Annual report on the working of the lock hospitals in the Central Provinces
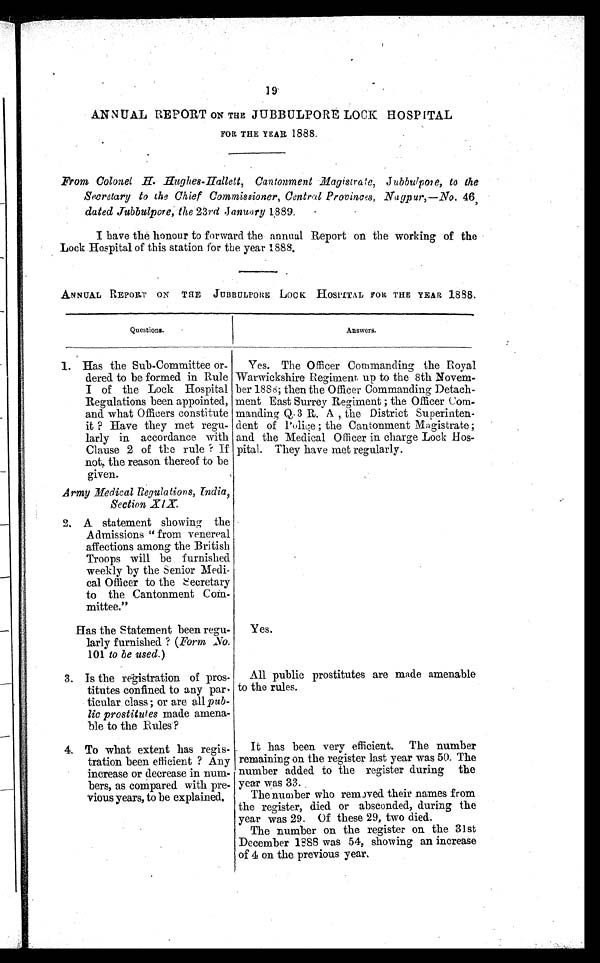
19
ANNUAL REPORT ON THE JUBBULPORE LOCK HOSPITAL
FOR THE YEAR. 1888.
From Colonel H. Hughes-Hallett, Cantonment Magistrate, Jubbulpore, to the
Secretary to the Chief Commissioner, Central Provinces, Nagpur,—No. 4 6 '
dated Jubbulpore, the 23rd January 1889.
I have the honour to forward the annual Report on the working of the
Lock Hospital of this station for the year 1888.
ANNUAL REPORT ON THE JUBBULPORE LOCK HOSPITAL FOR THE YEAR 1888.
Questions.
Answers.
1. Has the Sub-Committee or-
dered to be formed in Rule
I of the Lock Hospital
Regulations been appointed,
and what Officers constitute
it? Have they met regu-
larly in accordance with
Clause 2 of the rule ? If
not, the reason thereof to be
given.
Yes. The Officer Commanding the Royal
Warwickshire Regiment up to the 8th Novem-
ber 1888; then the Officer Commanding Detach-
ment East Surrey Regiment; the Officer Com-
minding Q.3 R. A , the District Superinten-
dent of Police; the Cantonment Magistrate;
and the Medical Officer in charge Lock Hos-
pital. They have met regularly.
Army Medical Regulations, India,
Section XIX
2, A statement showing the
Admissions " from venereal
affections among the British
Troops will be furnished
weekly by the Senior Medi-
cal Officer to the Secretary
to the Cantonment Com-
mittee."
.
Has the Statement been regu-
larly furnished ? (Form .No.
101 to be used.)
Yes.
3. Is the registration of pros-
titutes confined to any par
-ticular, class; or are all pub-
lic prostitutes made amena-
ble to the Rules ?
All public prostitutes are made amenable
to the rules.
4. To what extent has regis-
tration been efficient ? Any
increase or decrease in num.-
bens, as compared with pre-
vious years, to he explained.
It has been very efficient. The number
remaining on the register last year was 50. The
number added to the register during the
year was 33. ,
The number who removed their names from
the register, died or absconded, during the
year was 29. Of these 29, two died.
The number on the register on the 31 st
December 1888 was 54, showing an increase
of 4 on the previous year.